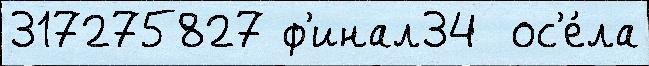
317275827 ф'инал34  ос'е́ла